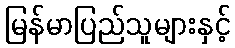
မြန်မာပြည်သူများနှင့်